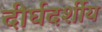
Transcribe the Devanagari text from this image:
दीर्घदर्शीय